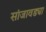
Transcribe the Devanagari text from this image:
सांजावड्या